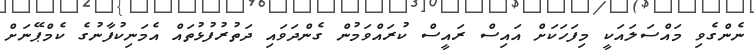
ނެންގެވި މައްސަލައަކީ މިފަހަކަށް އައިސް ރައީސް ކުރައްވަމުން ގެންދަވައި ދަތުރުފުޅުތައް އެމަނިކުފާނުގެ ކެމްޕޭނަށް